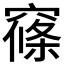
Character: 窱